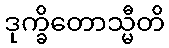
ဒုက္ခိတောသ္မီတိ